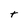
Character: t